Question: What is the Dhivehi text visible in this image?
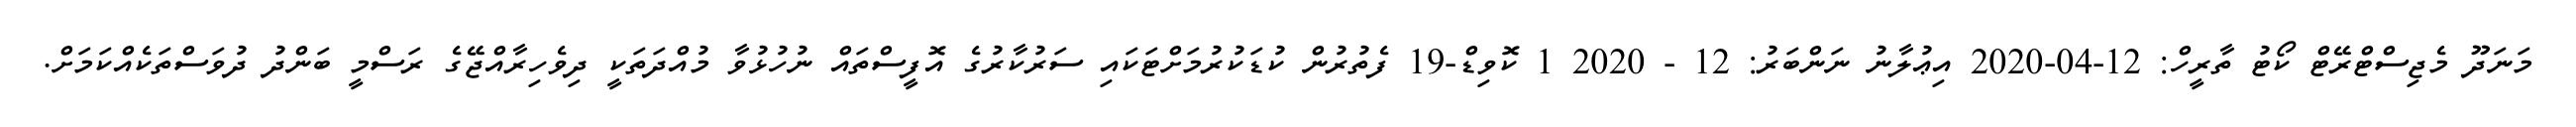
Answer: މަނަދޫ މެޖިސްޓްރޭޓް ކޯޓު ތާރީހް: 12-04-2020 އިޢުލާނު ނަންބަރު: 12 - 2020 1 ކޮވިޑް-19 ފެތުރުން ކުޑަކުރުމަށްޓަކައި ސަރުކާރުގެ އޮފީސްތައް ނުހުޅުވާ މުއްދަތަކީ ދިވެހިރާއްޖޭގެ ރަސްމީ ބަންދު ދުވަސްތަކެއްކަމަށް.